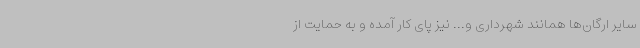
سایر ارگان‌ها همانند شهرداری و... نیز پای کار آمده و به حمایت از